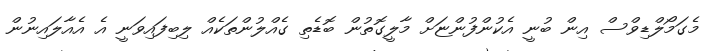
މެގަމޯލްޑިވްސް އިން ބުނީ އެކުންފުންޏަށް މާލީގޮތުން ބޮޑެތި ގެއްލުންތަކެއް ލިބިފައިވަނީ އެ އެއާލައިނުން